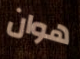
هوان